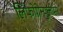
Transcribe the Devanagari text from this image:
लिंफोग्रेन्युलोमा